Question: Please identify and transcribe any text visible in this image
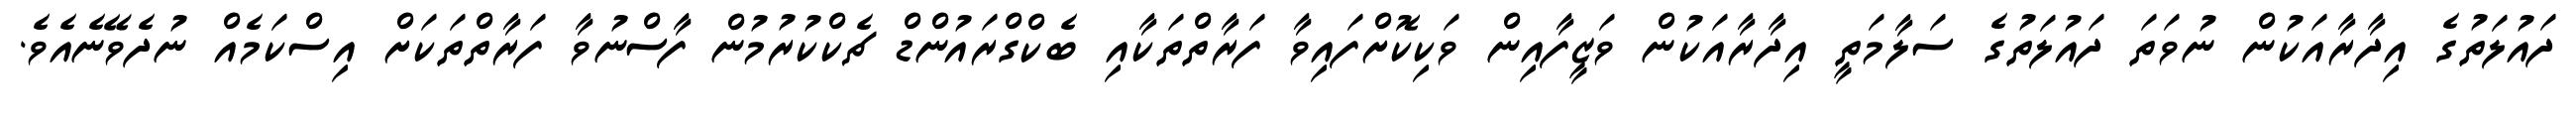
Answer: ދައުލަތުގެ އިދާރާއަކުން ނުވަތަ ދައުލަތުގެ ސަލާމަތީ އިދާރާއަކުން ވަޒީފާއިން ވަކިކޮށްފައިވާ ފަރާތްތަކާއި ބެކްގްރައުންޑް ޗެކްކުރުމުން ފާސްނުވާ ފަރާތްތަކަށް އިސްކަމެއް ނުދެވޭނެއެވެ.